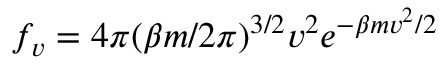
f _ { v } = 4 \pi ( \beta m / 2 \pi ) ^ { 3 / 2 } v ^ { 2 } e ^ { - \beta m v ^ { 2 } / 2 }